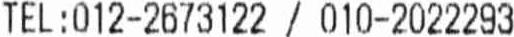
TEL:012-2673122 / 010-2022293